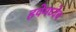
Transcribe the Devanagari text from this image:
हवेमध्येच